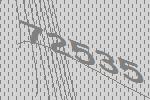
72535